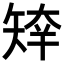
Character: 𥏣